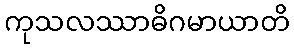
ကုသလဿာဓိဂမာယာတိ